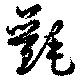
氎